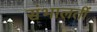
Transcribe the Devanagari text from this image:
संभालतीं